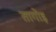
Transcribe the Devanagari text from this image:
तागोइ